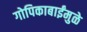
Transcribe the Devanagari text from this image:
गोपिकाबाईंमुळे